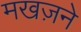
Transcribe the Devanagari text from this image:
मखज़ने